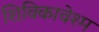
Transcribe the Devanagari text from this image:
शिविकावेश्म